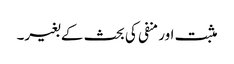
مثبت اور منفی کی بحث کے بغیر۔